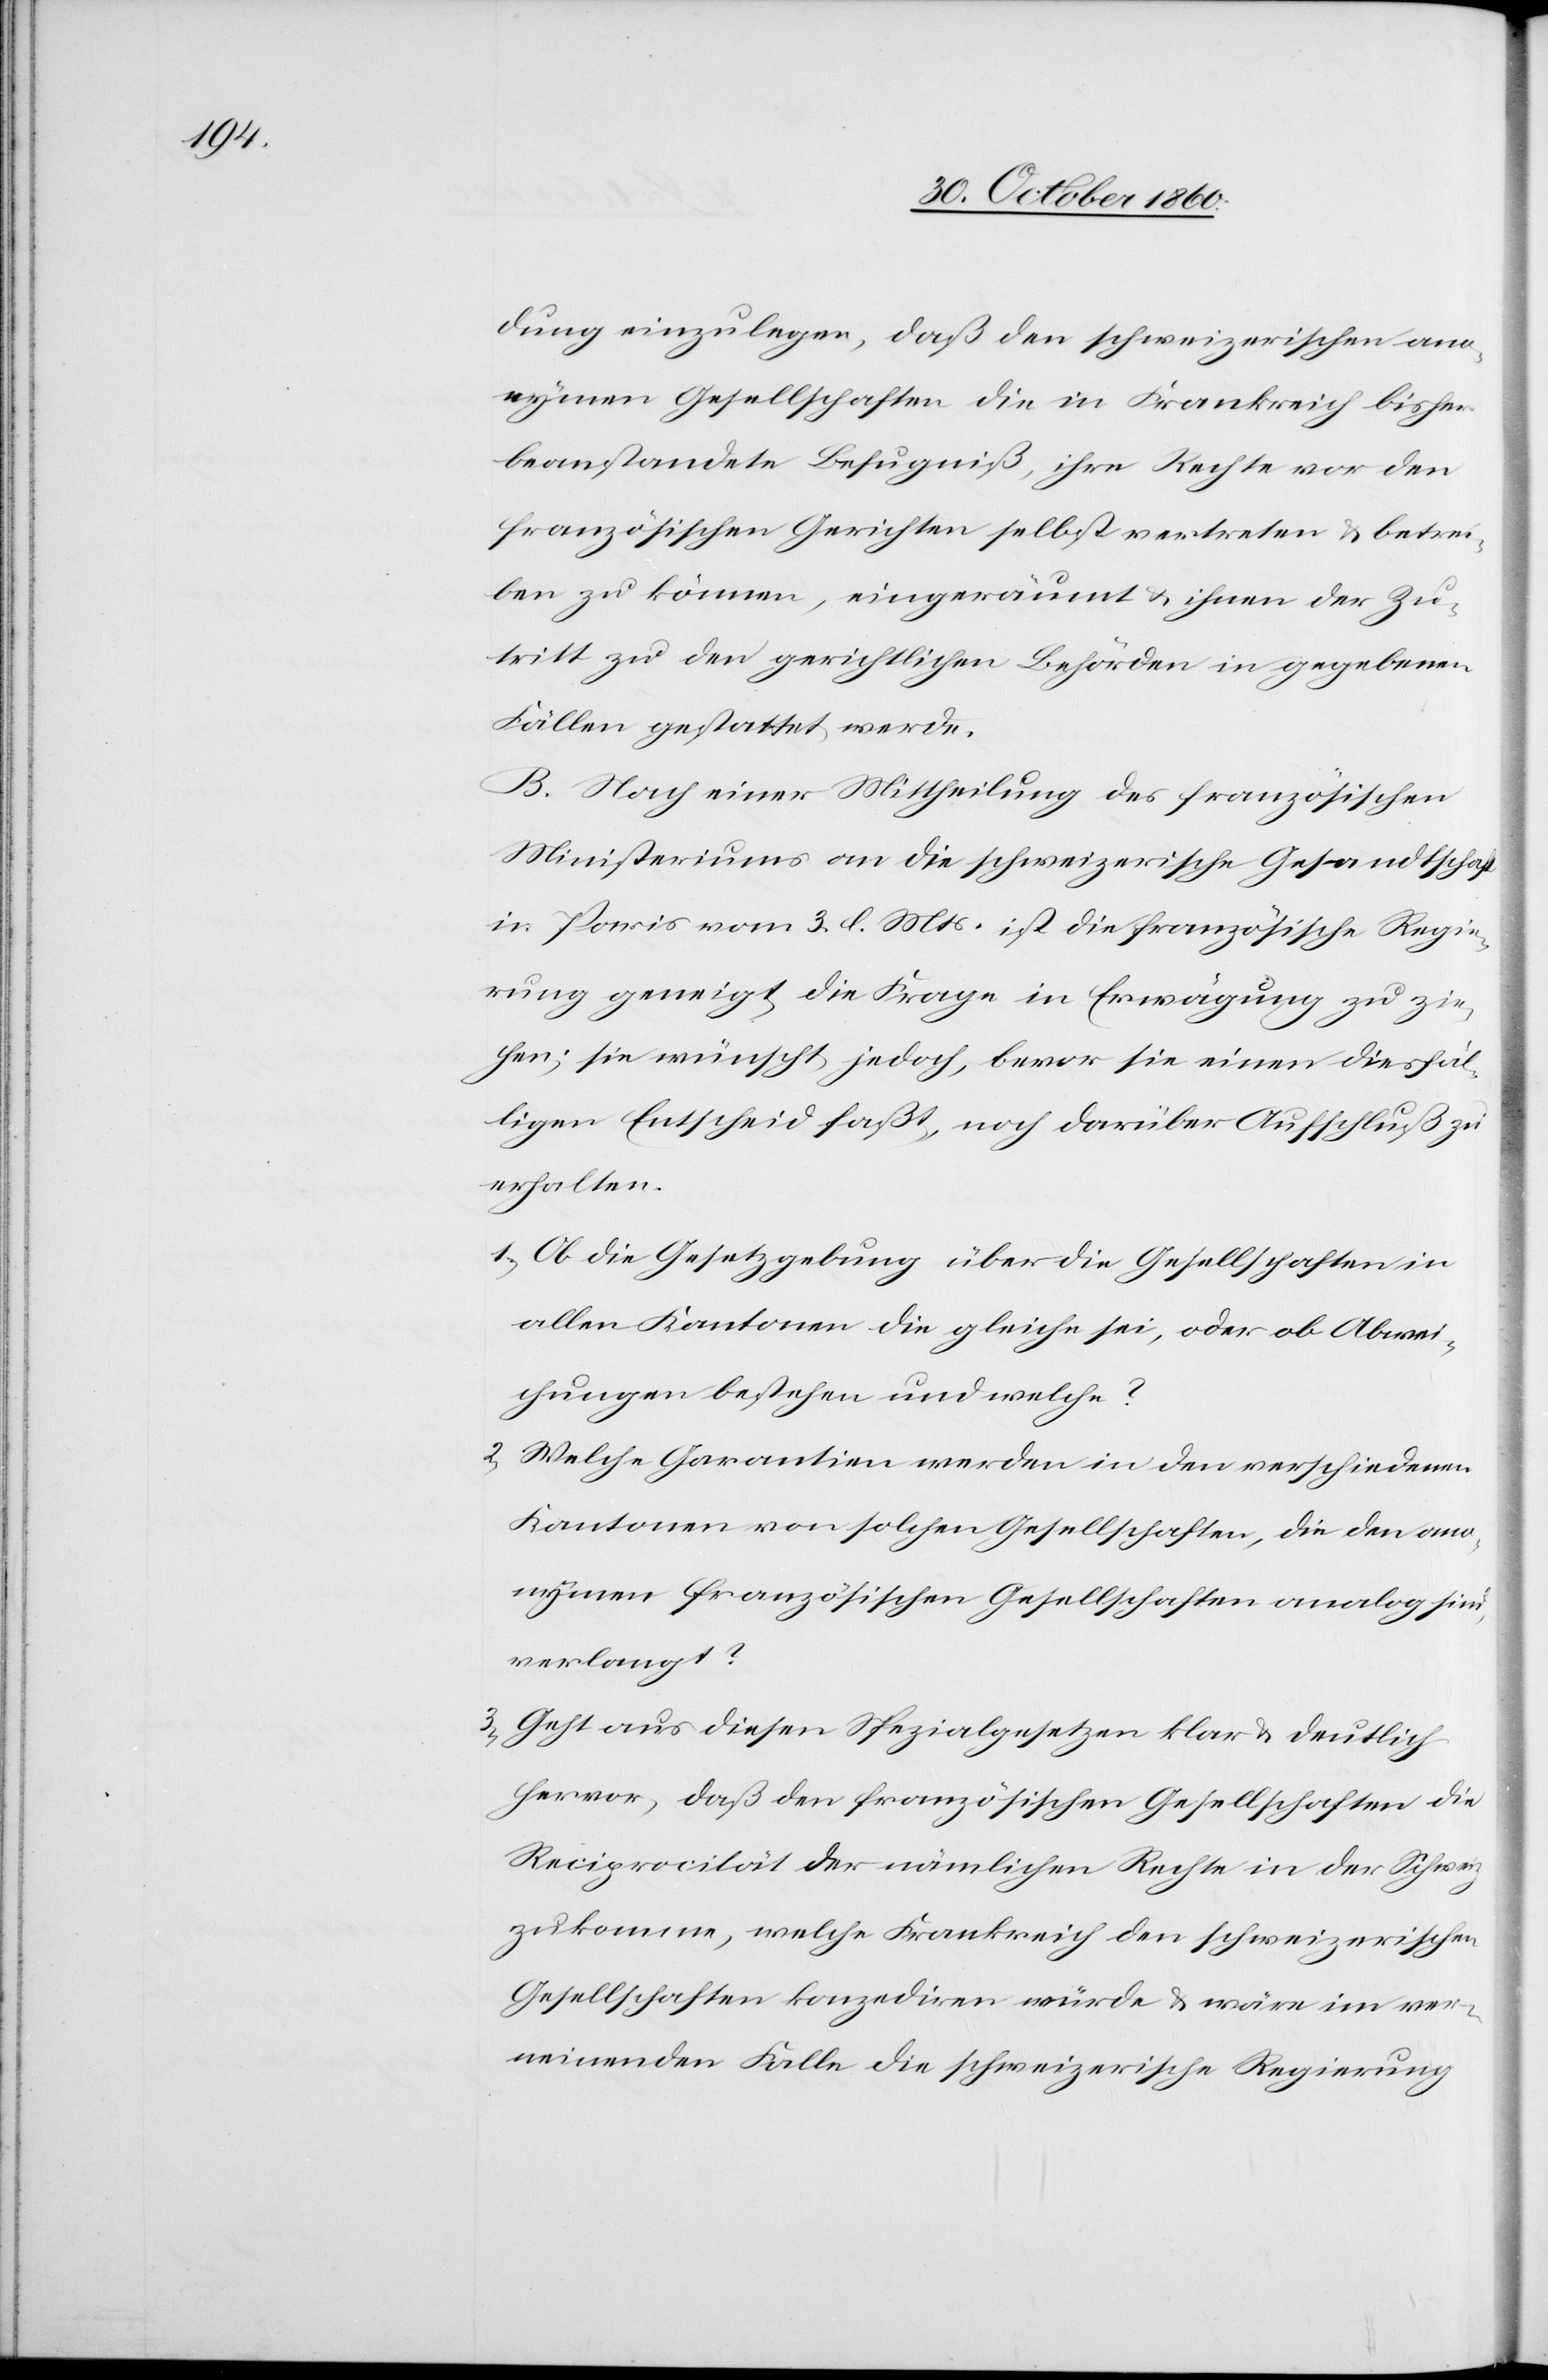
dung einzulegen, daß den schweizerischen ano¬
nymen Gesellschaften die in Frankreich bisher
beanstandete Befugniß, ihre Rechte vor den
französischen Gerichten selbst vertreten u. betrei¬
ben zu können, eingeräumt u. ihnen der Zu¬
tritt zu den gerichtlichen Behörden in gegebenen
Fällen gestattet werde.
B. Nach einer Mittheilung des französischen
Ministeriums an die schweizerische Gesandtschaft
in Paris vom 3. l. Mts. ist die französische Regie¬
rung geneigt, die Frage in Erwägung zu zie¬
hen; sie wünscht jedoch, bevor sie einen diesfäl¬
ligen Entscheid faßt, noch darüber Aufschluß zu
erhalten:
1) Ob die Gesetzgebung über die Gesellschaften in
allen Kantonen die gleiche sei, oder ob Abwei¬
chungen bestehen und welche?
Welche Garantien werden in den verschiedenen
Kantonen von solchen Gesellschaften, die den ano¬
nymen französischen Gesellschaften analog sind,
verlangt?
3) Geht aus diesen Spezialgesetzen klar u. deutlich
hervor, daß den französischen Gesellschaften die
Reciprocität der nämlichen Rechte in der Schweiz
zukomme, welche Frankreich den schweizerischen
Gesellschaften konzediren würde u. wäre im ver¬
neinenden Falle die schweizerische Regierung